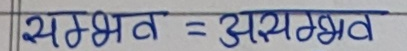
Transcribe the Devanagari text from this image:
सम्भव = असम्भव